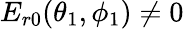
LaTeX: E_{r0}(\theta_{1},\phi_{1})\neq 0